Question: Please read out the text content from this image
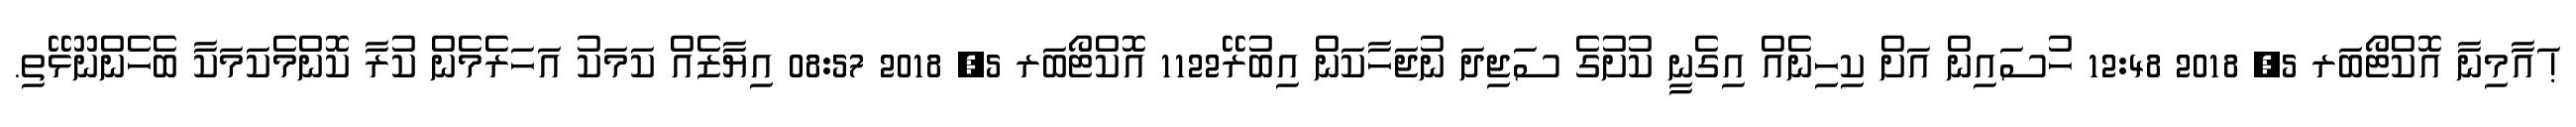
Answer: ! ައާމިނާ އޮކްޓޯބަރ 5, 2018 12:48 ހުސައިން އަށް ކިހިނެއް އިގެނީ ކުށުގެ ސަޖިދަ ނުޖަހާކަން އިބުރޭ1122 އޮކްޓޯބަރ 5, 2018 08:57 އިޔާޒެއް ކަމަކު އަހަރެމެން ކުރާ ކޮންމެކަމަކާ ބެހެންނޫޅޭތި.